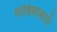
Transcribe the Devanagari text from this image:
पाक्षिकासाठी